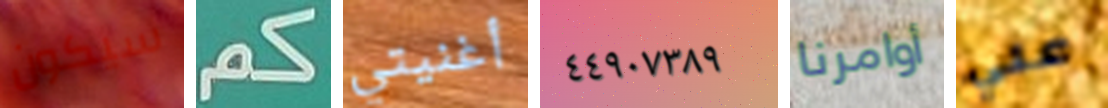
سيكون كم أغنيتي ٤٤٩٠٧٣٨٩ أوامرنا علي